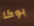
بوكا